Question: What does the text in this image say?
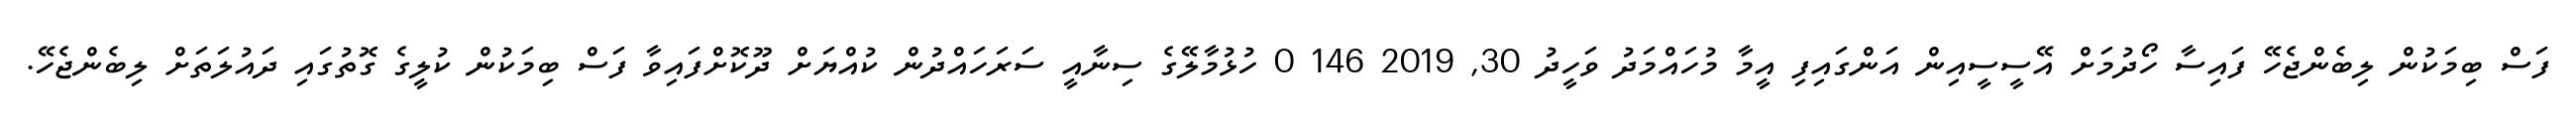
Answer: ފަސް ބިމަކުން ލިބެންޖެހޭ ފައިސާ ހޯދުމަށް އޭސީސީއިން އަންގައިފި އީމާ މުހައްމަދު ވަހީދު 30, 2019 146 0 ހުޅުމާލޭގެ ސިނާއީ ސަރަހައްދުން ކުއްޔަށް ދޫކޮށްފައިވާ ފަސް ބިމަކުން ކުލީގެ ގޮތުގައި ދައުލަތަށް ލިބެންޖެހޭ.